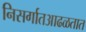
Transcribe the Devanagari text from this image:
निसर्गातआढळतात